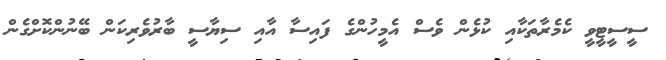
ސީސީޓީވީ ކެމެރާތަކާއި ކުޅެން ވެސް އެމީހުންގެ ފައިސާ އާއި ސިޔާސީ ބާރުވެރިކަން ބޭނުންކޮށްގެން